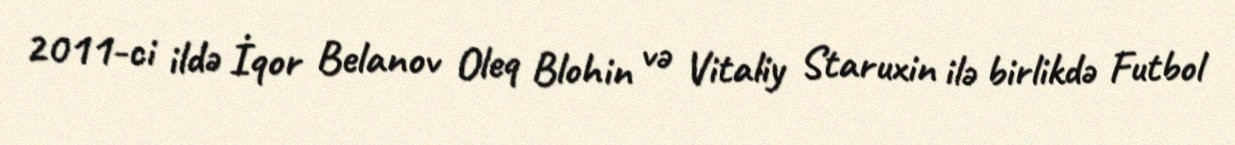
2011-ci ildə İqor Belanov Oleq Blohin və Vitaliy Staruxin ilə birlikdə Futbol